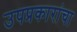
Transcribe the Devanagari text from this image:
उपप्रकारांचा